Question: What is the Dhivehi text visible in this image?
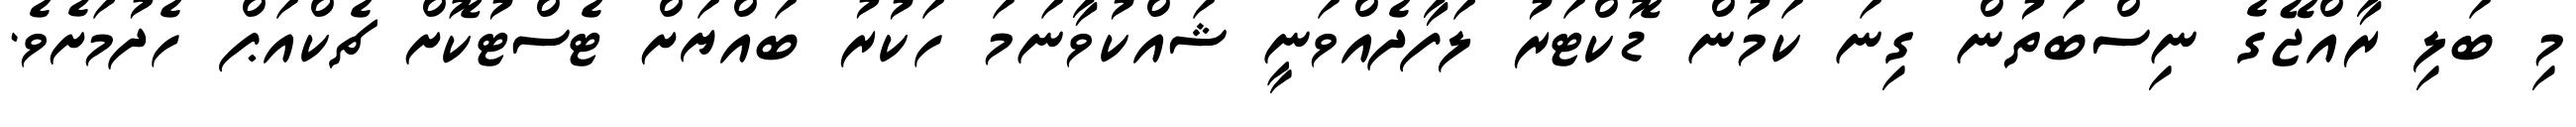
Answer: މި ބަލި ރާއްޖޭގެ ނިސްބަތުން ގިނަ ކަމުން ޑޮކްޓަރު ލަފާދެއްވަނީ ޝައްކުވާނަމަ ހަކުރު ބައްޔަށް ޓެސްޓުކޮށް ޗެކްއަޕް ހެދުމަށެވެ.